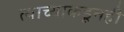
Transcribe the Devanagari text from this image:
त्याच्याकडूनही